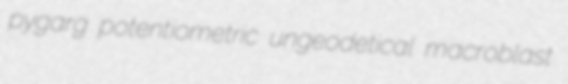
pygarg potentiometric ungeodetical macroblast